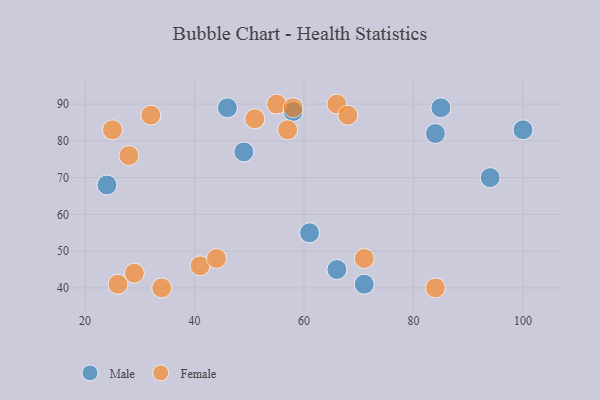
{"axis": {"x": "GDP", "y": "Life Expectancy"}, "legend": ["Female", "Male"], "data": [{"x": "24", "y": 68, "type": "Male"}, {"x": "100", "y": 83, "type": "Male"}, {"x": "85", "y": 89, "type": "Male"}, {"x": "84", "y": 82, "type": "Male"}, {"x": "71", "y": 41, "type": "Male"}, {"x": "46", "y": 89, "type": "Male"}, {"x": "94", "y": 70, "type": "Male"}, {"x": "66", "y": 45, "type": "Male"}, {"x": "58", "y": 88, "type": "Male"}, {"x": "61", "y": 55, "type": "Male"}, {"x": "49", "y": 77, "type": "Male"}, {"x": "84", "y": 40, "type": "Female"}, {"x": "71", "y": 48, "type": "Female"}, {"x": "26", "y": 41, "type": "Female"}, {"x": "66", "y": 90, "type": "Female"}, {"x": "51", "y": 86, "type": "Female"}, {"x": "57", "y": 83, "type": "Female"}, {"x": "29", "y": 44, "type": "Female"}, {"x": "25", "y": 83, "type": "Female"}, {"x": "41", "y": 46, "type": "Female"}, {"x": "68", "y": 87, "type": "Female"}, {"x": "44", "y": 48, "type": "Female"}, {"x": "55", "y": 90, "type": "Female"}, {"x": "34", "y": 40, "type": "Female"}, {"x": "58", "y": 89, "type": "Female"}, {"x": "28", "y": 76, "type": "Female"}, {"x": "32", "y": 87, "type": "Female"}]}